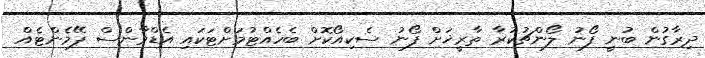
ދިރާގުން ބުނީ ފޯނު ލޯންޗުކުރާ ތާރީޚަށް ފޯނު ސެކިއޯކޮށް ބެހެއްޓުމަށްޓަކައި އެޑްވާންސް ޕޭމެންޓެއް